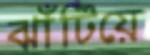
ঝাঁটিয়ে